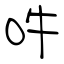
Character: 吽